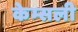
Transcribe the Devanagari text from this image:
केम्सली